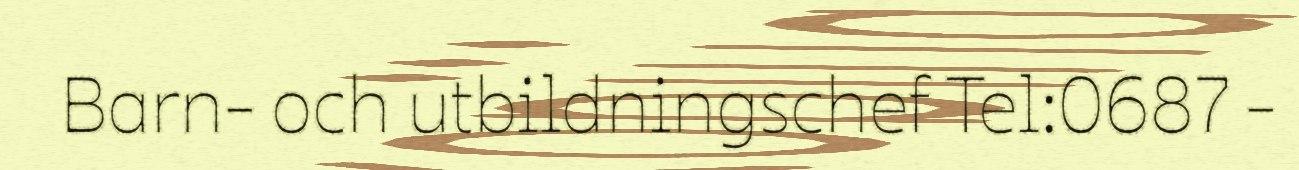
Barn- och utbildningschef Tel:0687 -